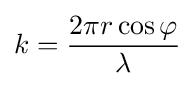
k={\frac {2\pi r\cos \varphi }{\lambda }}